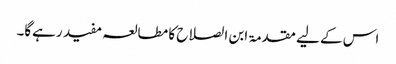
اس کے لیے مقدمۃ ابن الصلاح کا مطالعہ مفید رہےگا۔